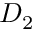
D _ { 2 }